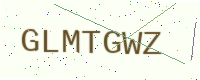
Text: GLMTGWZ